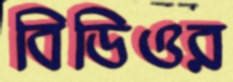
বিডিওর